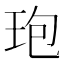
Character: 玸